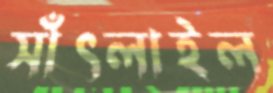
সাঁৎলাইল